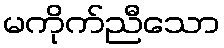
မကိုက်ညီသော